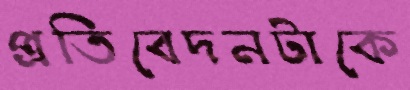
প্রতিবেদনটাকে